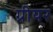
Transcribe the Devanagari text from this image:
ग्रीयर